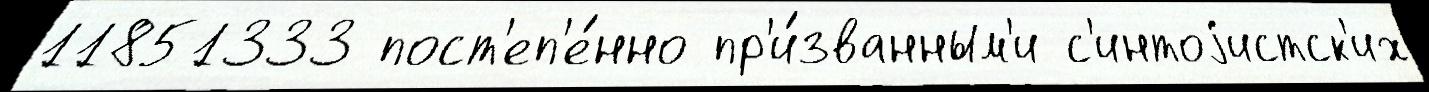
11851333 пост'еп'е́нно пр'и́званным'и с'интоjистск'их